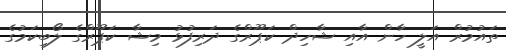
ތައުމުރް އަލީ ހާން އާއި ޝާހިދް ކަޕޫރްގެ ދަރިފުޅު މިޝާ ކަޕޫރްގެ ލޯބިކަމުގެ